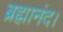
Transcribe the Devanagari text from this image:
ब्रह्मानंद।